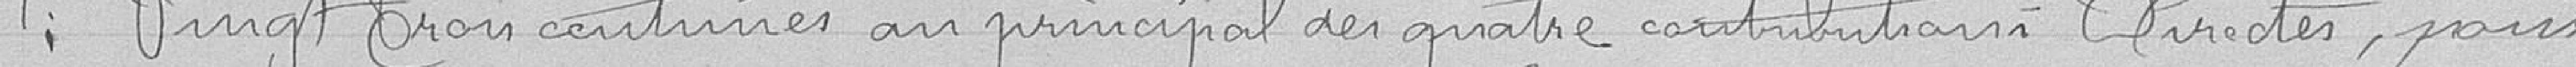
1° Vingt trois centimes au principal des quatre contributions directes, pour